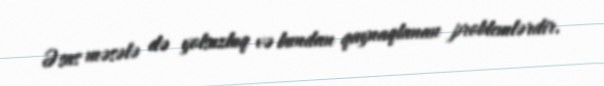
Əsas məsələ də yolsuzluq və bundan qaynaqlanan problemlərdir.